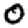
Digit: 0